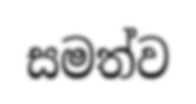
සමත්ව